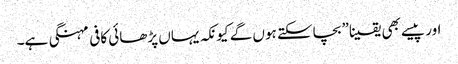
اور پیسے بھی یقینا” بچاسکتے ہوں گے کیونکہ یہاں پڑھائی کافی مہنگی ہے۔